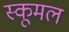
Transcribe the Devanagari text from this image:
स्कूमल